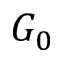
G _ { 0 }